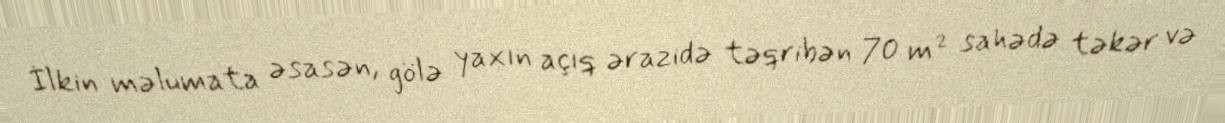
İlkin məlumata əsasən, gölə yaxın açıq ərazidə təqribən 70 m² sahədə təkər və